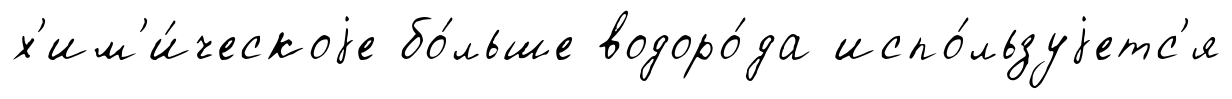
х'им'и́ческоjе бо́льше водоро́да испо́льзуjетс'я